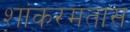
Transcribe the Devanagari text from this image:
शांकरमतास